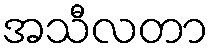
အသီလတာ